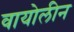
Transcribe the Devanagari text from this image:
वायोलीन